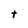
Character: t